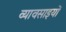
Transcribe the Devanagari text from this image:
व्यावसाइयों